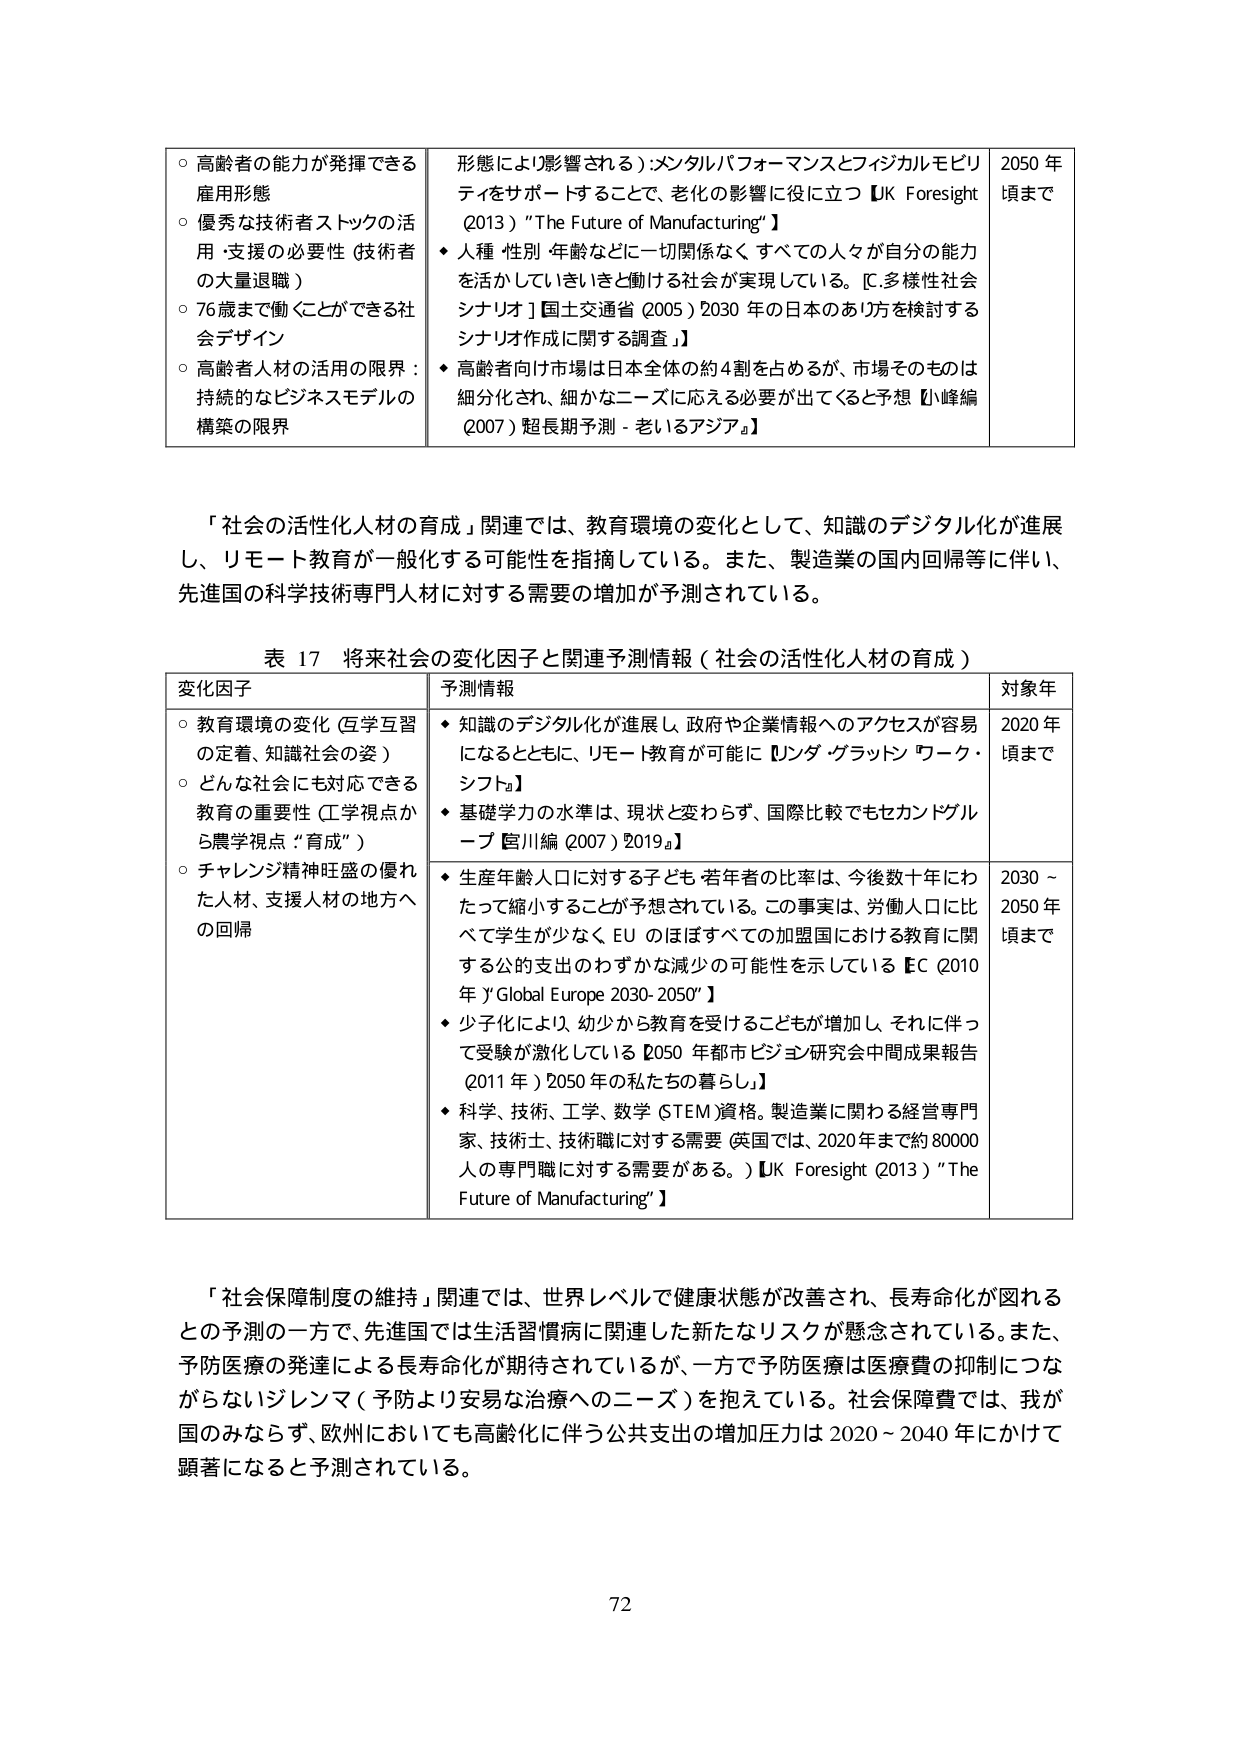
○ 高齢者の能力が発揮できる雇用形態
○ 優秀な技術者ストックの活用・支援の必要性（技術者の大量退職）
○ 76歳まで働くことができる社会デザイン
○ 高齢者人材の活用の限界：持続的なビジネスモデルの構築の限界

形態により影響される）：メンタルパフォーマンスとフィジカルモビリティをサポートすることで、老化の影響に役に立つ【UK Foresight (2013) "The Future of Manufacturing"】
◆ 人種・性別・年齢などに一切関係なく、すべての人々が自分の能力を活かしていきいきと働ける社会が実現している。【「多様性社会シナリオ」国土交通省 (2005) 2030年の日本のあり方を検討するシナリオ作成に関する調査】
◆ 高齢者向け市場は日本全体の約4割を占めるが、市場そのものは細分化され、細かなニーズに応える必要が出てくると予想【小峰編 (2007) 超長期予測 - 老いるアジア】

2050年頃まで

「社会の活性化人材の育成」関連では、教育環境の変化として、知識のデジタル化が進展し、リモート教育が一般化する可能性を指摘している。また、製造業の国内回帰等に伴い、先進国の科学技術専門人材に対する需要の増加が予測されている。

表 17 将来社会の変化因子と関連予測情報（社会の活性化人材の育成）

変化因子
○ 教育環境の変化（互学互習の定着、知識社会の姿）
○ どんな社会にも対応できる教育の重要性（工学視点から農学視点：“育成”）
○ チャレンジ精神旺盛の優れた人材、支援人材の地方への回帰

予測情報
◆ 知識のデジタル化が進展し、政府や企業情報へのアクセスが容易になるとともに、リモート教育が可能に【リンダ・グラットン『ワーク・シフト』】
◆ 基礎学力の水準は、現状と変わらず、国際比較でもセカンドグループ【宮川編 (2007) 2019a】
◆ 生産年齢人口に対する子ども・若年者の比率は、今後数十年にわたって縮小することが予想されている。この事実は、労働人口に比べて学生が少なく、EUのほぼすべての加盟国における教育に関する公的支出のわずかな減少の可能性を示している【EC (2010年) "Global Europe 2030-2050"】
◆ 少子化により、幼少から教育を受ける子どもが増加し、それに伴って受験が激化している【2050年都市ビジョン研究会中間成果報告 (2011年) 2050年の私たちの暮らし】
◆ 科学、技術、工学、数学（STEM）資格。製造業に関わる経営専門家、技術士、技術職に対する需要（英国では、2020年まで約80000人の専門職に対する需要がある。）【UK Foresight (2013) "The Future of Manufacturing"】

対象年
2020年頃まで
2030～2050年頃まで

「社会保障制度の維持」関連では、世界レベルで健康状態が改善され、長寿命化が図れるとの予測の一方で、先進国では生活習慣病に関連した新たなリスクが懸念されている。また、予防医療の発達による長寿化が期待されているが、一方で予防医療は医療費の抑制につながらないジレンマ（予防より安易な治療へのニーズ）を抱えている。社会保障費では、我が国のみならず、欧州においても高齢化に伴う公共支出の増加圧力は2020～2040年にかけて顕著になると予測されている。

72